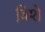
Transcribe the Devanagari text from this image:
बिशे